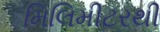
મિલિમીટરથી